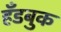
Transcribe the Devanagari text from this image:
हँडबुक